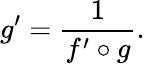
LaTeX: g^{\prime}={\frac{1}{f^{\prime}\circ g}}.